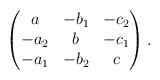
LaTeX: \begin{align*}\begin{pmatrix}a & -b_1 & -c_2 \\-a_2 & b & -c_1 \\-a_1 & -b_2 & c\end{pmatrix}.\end{align*}